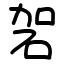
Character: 䂟